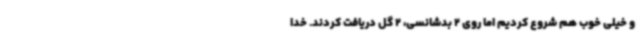
و خیلی خوب هم شروع کردیم اما روی 2 بدشانسی، 2 گل دریافت کردند. خدا